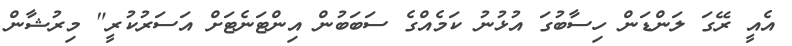
އެއީ ރޭގަ ލަންޑަން ހިސާބުގަ އުޅުނު ކަމެއްގެ ސަބަބުން އިންޓަނެޓަށް އަސަރުކުރީ" މިރުޝާން